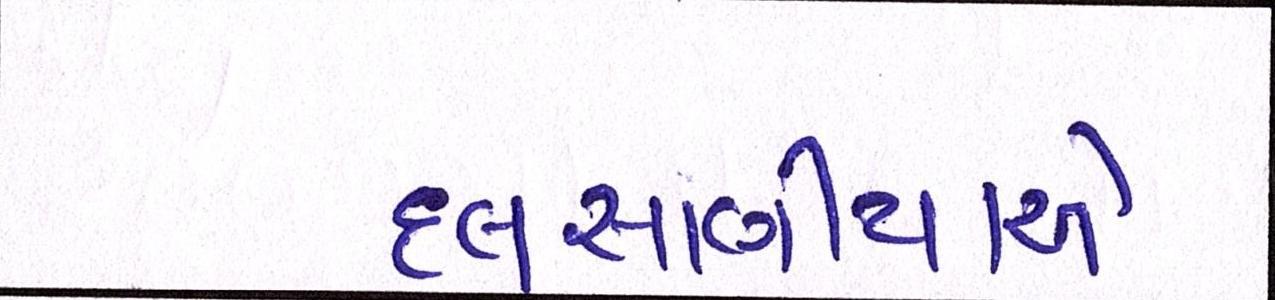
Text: દલસાણીયાએ